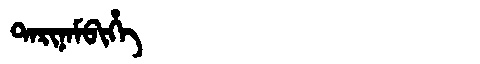
Manchu: ᡨᠠᡵᡳᠨᠠᠮᠪᡳᡥᡝ
Romanization: TARINAMBIHE